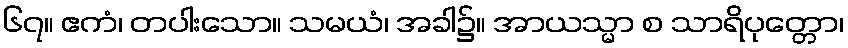
၆၇။ ဧကံ၊ တပါးသော။ သမယံ၊ အခါ၌။ အာယသ္မာ စ သာရိပုတ္တော၊